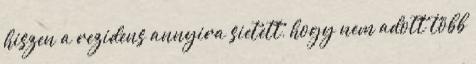
hiszen a rezidens annyira sietett, hogy nem adott több